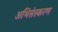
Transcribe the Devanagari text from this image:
अभिसंस्करण